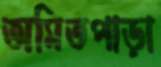
অমিতপাড়া